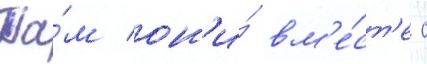
Та́м он'и́ вм'е́ст'е с